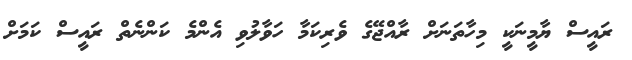
ރައީސް ޔާމީނަކީ މިހާތަނަށް ރާއްޖޭގެ ވެރިކަމާ ހަވާލުވި އެންމެ ކަންނެތް ރައީސް ކަމަށް